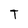
Character: T